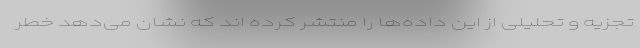
تجزیه و تحلیلی از این داده‌ها را منتشر کرده اند که نشان می‌دهد خطر